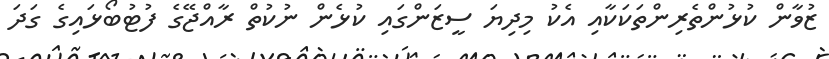
ޒުވާން ކުޅުންތެރިންތަކަކާއި އެކު މިދިޔަ ސީޒަންގައި ކުޅެން ނުކުތް ރާއްޖޭގެ ފުޓުބޯޅައިގެ ގަދަ